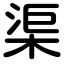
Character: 渠